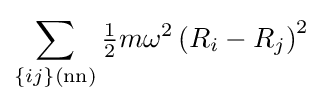
\sum _{\{ij\}(\mathrm {nn} )}{\tfrac {1}{2}}m\omega ^{2}\left(R_{i}-R_{j}\right)^{2}